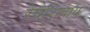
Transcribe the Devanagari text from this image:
रेषेशिवाय